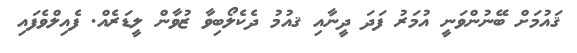
ޤައުމަށް ބޭނުންވަނީ އުމަރު ފަދަ ދީނާއި ޤއުމު ދެކެލޯބިވާ ޒުވާން ލީޑަރެއް. ފެއިލްވެފައި